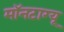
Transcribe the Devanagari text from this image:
मॉनटाग्यू